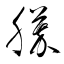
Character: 膵